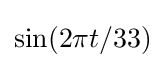
\sin(2\pi t/33)